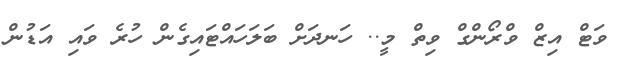
ވަޓް އިޒް ވްރޯންގް ވިތް މީ.. ހަނދަށް ބަލަހައްޓައިގެން ހުރެ ވައި އަޑުން